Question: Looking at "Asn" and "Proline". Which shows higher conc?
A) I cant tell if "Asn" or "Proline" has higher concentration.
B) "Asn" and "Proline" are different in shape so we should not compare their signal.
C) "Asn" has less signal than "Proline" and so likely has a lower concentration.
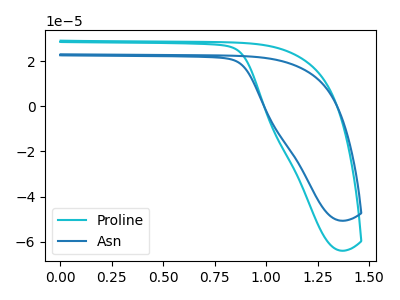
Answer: <think>The cyan curve "Proline" has no peaks. The blue curve "Asn" has no peaks.
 Neither "Asn" or "Proline" have any peaks.</think>
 <answer>A) I cant tell if "Asn" or "Proline" has higher concentration.</answer>
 <eval>A</eval>